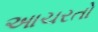
આચરતો